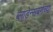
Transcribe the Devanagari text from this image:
ब्लाडेन्सबर्गच्या